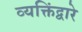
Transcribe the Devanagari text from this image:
व्यक्तिंद्वारे